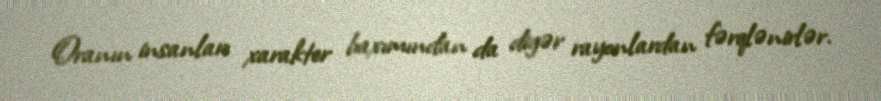
Oranın insanları xarakter baxımından da digər rayonlardan fərqlənirlər.